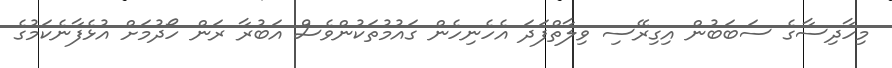
މިހާދިސާގެ ސަބަބުން އިގިރޭސި ވިލާތްފަދަ އެހެނިހެން ގައުމުތަކުންވެސް އަބުރާ ރަން ހޯދުމަށް އުޅެފާނެކަމުގެ